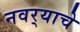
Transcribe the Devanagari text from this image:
नवर्‍याचे